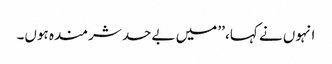
انہوں نے کہا، ’’ میں بےحد شرمندہ ہوں۔